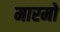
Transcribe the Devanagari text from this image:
मारमो